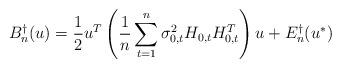
LaTeX: \begin{align*}B_{n}^\dag(u)=\frac{1}{2}u^{T}\left(\frac{1}{n}\sum_{t=1}^{n}\sigma_{0,t}^2H_{0,t}H_{0,t}^{T} \right) u + E_{n}^{\dag}(u^{\ast})\end{align*}